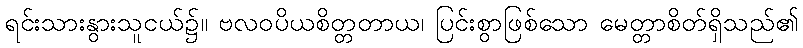
ရင်းသားနွားသူငယ်၌။ ဗလဝပိယစိတ္တတာယ၊ ပြင်းစွာဖြစ်သော မေတ္တာစိတ်ရှိသည်၏